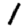
Digit: 1